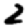
Digit: 2